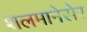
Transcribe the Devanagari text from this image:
शलमानेसेर